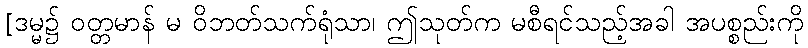
[ဒမ္မ၌ ဝတ္တမာန် မ ဝိဘတ်သက်ရုံသာ၊ ဤသုတ်က မစီရင်သည့်အခါ အပစ္စည်းကို